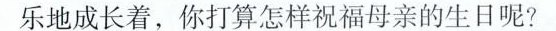
乐地成长着，你打算怎样祝福母亲的生日呢?